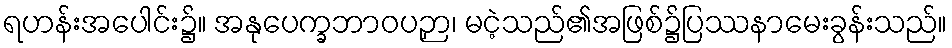
ရဟန်းအပေါင်း၌။ အနုပေက္ခဘာဝပဉှာ၊ မငဲ့သည်၏အဖြစ်၌ပြဿနာမေးခွန်းသည်။